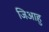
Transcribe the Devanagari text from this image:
जिआहु